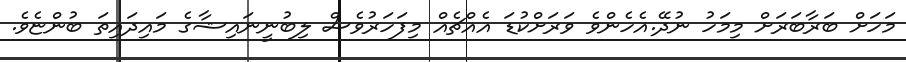
މަހަށް ބަރާބަރަށް މިމަހު ނުދޭ.އެހެންވެ ވަރަށްކުޑަ އެއްޗެއް މިފަހަރުވެސް ލިބުނީނައިޝާގެ މައިދައިތަ ބުންޏެވެ.